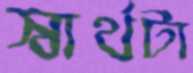
স্বার্থটা